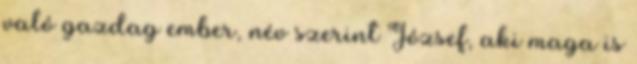
való gazdag ember, név szerint József, aki maga is